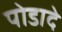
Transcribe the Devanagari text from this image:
पोडादे